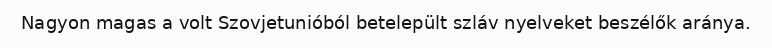
Nagyon magas a volt Szovjetunióból betelepült szláv nyelveket beszélők aránya.